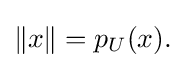
{\textstyle \|x\|=p_{U}(x).}